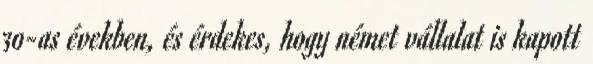
30-as években, és érdekes, hogy német vállalat is kapott